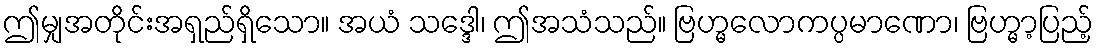
ဤမျှအတိုင်းအရှည်ရှိသော။ အယံ သဒ္ဒေါ၊ ဤအသံသည်။ ဗြဟ္မလောကပ္ပမာဏော၊ ဗြဟ္မာ့ပြည့်